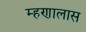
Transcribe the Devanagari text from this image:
म्हणालास